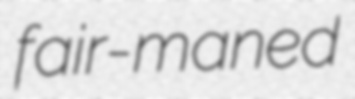
fair-maned